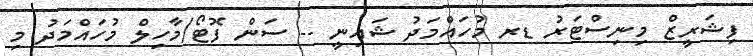
ފިޝަރީޒް މިނިސްޓަރު ޑރ މުހައްމަދު ޝައިނީ -- ސަން ފޮޓޯ/މާހިލް މުހައްމަދު މި